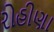
રોહીણા